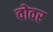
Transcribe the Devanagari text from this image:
वोवर